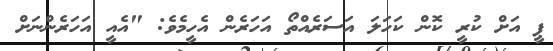
ޕީ އަށް ކުރީ ކޮން ކަހަލަ އަސަރެއްތޯ އަހަރެން އެހީމެވެ: "އެއީ އަހަރެންނަށް